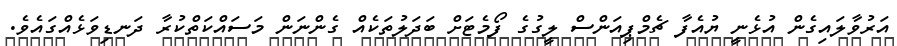
އަރުވާލައިގެން އުޅެނީ ޔުއެފާ ޗެމްޕިއަންސް ލީގުގެ ފޯމެޓަށް ބަދަލުތަކެއް ގެންނަން މަސައްކަތްކުރާ ދަނޑިވަޅެއްގައެވެ.